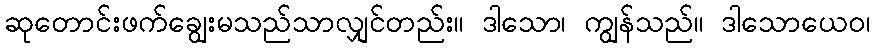
ဆုတောင်းဖက်ချွေးမသည်သာလျှင်တည်း။ ဒါသော၊ ကျွန်သည်။ ဒါသောယေဝ၊